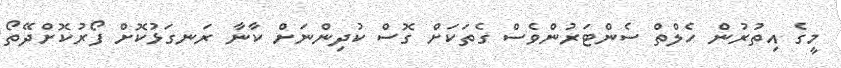
މީގެ އިތުރުން ހެލްތް ސެންޓަރުންވެސް ގެތަކަށް ގޮސް ކުދިންނަށް ކާނާ ރަނގަޅުކޮށް ފޯރުކޮށްދޭތޯ